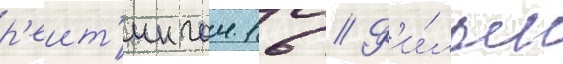
р'еит'ингом 16 // Ф'и́льм